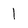
Character: 1